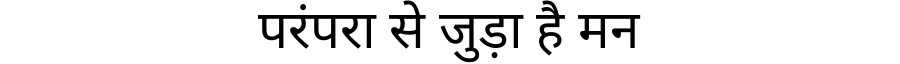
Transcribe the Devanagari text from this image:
परंपरा से जुड़ा है मन